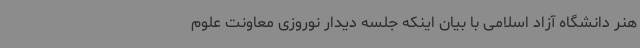
هنر دانشگاه آزاد اسلامی با بیان اینکه جلسه دیدار نوروزی معاونت علوم